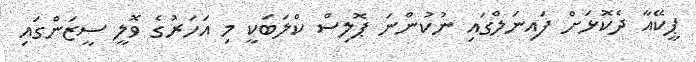
ޕީކޭއާ ދެކޮޅަށް ފައިނަލްގައި ނުކުންނަ ޕޮލިސް ކްލަބަކީ މި އަހަރުގެ ވޮލީ ސީޒަންގައި